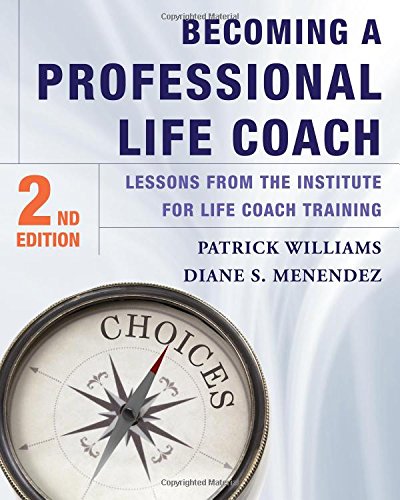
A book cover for Becoming a Professional Life Coach: Lessons from the Institute of Life Coach Training; Diane S. Menendez; Medical Books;